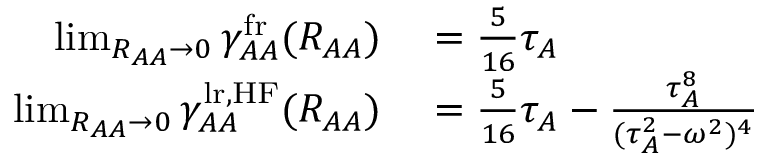
\begin{array} { r l } { \operatorname* { l i m } _ { R _ { A A } \to 0 } \gamma _ { A A } ^ { \mathrm { f r } } ( R _ { A A } ) } & { { } = \frac { 5 } { 1 6 } \tau _ { A } } \\ { \operatorname* { l i m } _ { R _ { A A } \to 0 } \gamma _ { A A } ^ { \mathrm { l r , H F } } ( R _ { A A } ) } & { { } = \frac { 5 } { 1 6 } \tau _ { A } - \frac { \tau _ { A } ^ { 8 } } { ( \tau _ { A } ^ { 2 } - \omega ^ { 2 } ) ^ { 4 } } } \end{array}